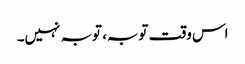
اس وقت توبہ، توبہ نہیں۔